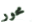
محور